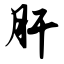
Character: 肝